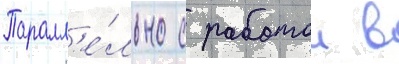
Паралл'е́льно с работои в